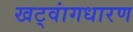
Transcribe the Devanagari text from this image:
खट्‌वांगधारण